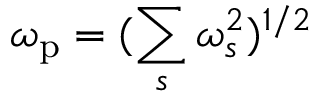
\omega _ { \mathrm { p } } = ( \sum _ { s } \omega _ { s } ^ { 2 } ) ^ { 1 / 2 }